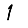
Digit: 1